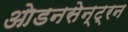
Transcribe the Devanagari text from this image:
ओडनसेन्ट्रन